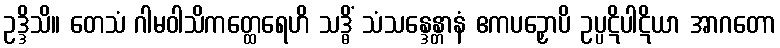
ဥဒ္ဒိသိ။ တေသံ ဂါမဝါသိကတ္ထေရေဟိ သဒ္ဓိံ သံသန္ဒေန္တာနံ ဧကပဉှောပိ ဥပ္ပဋိပါဋိယာ အာဂတော